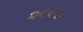
૨૯૯૦